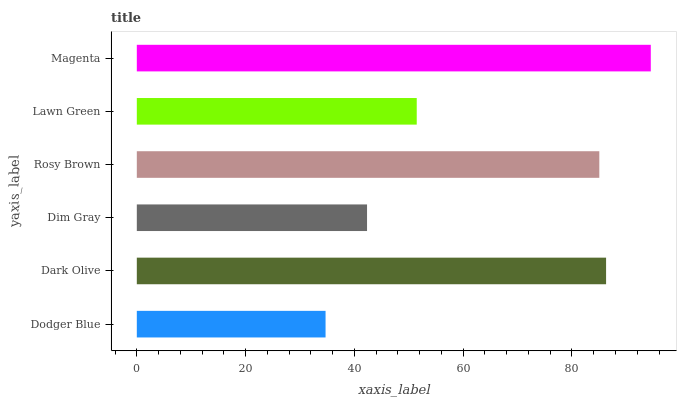
| yaxis_label | bars |
 | --- | --- |
 | Dodger Blue | 34.7 |
 | Dark Olive | 86.3 |
 | Dim Gray | 42.3 |
 | Rosy Brown | 85 |
 | Lawn Green | 51.5 |
 | Magenta | 94.5 |